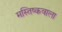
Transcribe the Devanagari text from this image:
मस्तिष्कवाला